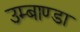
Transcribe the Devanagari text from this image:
उम्बाण्डा